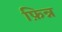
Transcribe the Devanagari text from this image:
फ़िन्न